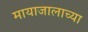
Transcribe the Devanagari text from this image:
मायाजालाच्या